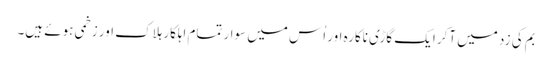
بم کی زد میں آکر ایک گاڑی ناکارہ اور اُس میں سوار تمام اہلکار ہلاک اور زخمی ہوئے ہیں۔